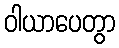
ဝါယာပေတွာ